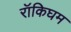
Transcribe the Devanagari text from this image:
रॉकिघम